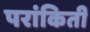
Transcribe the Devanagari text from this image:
परांकिती